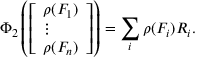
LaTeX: \Phi _ { 2 } \left( { \left[ \begin{array} { l } { \rho ( F _ { 1 } ) } \\ { \vdots } \\ { \rho ( F _ { n } ) } \end{array} \right] } \right) = \sum _ { i } \rho ( F _ { i } ) R _ { i } .